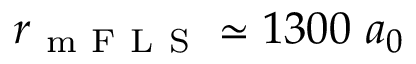
r _ { \mathrm { ~ m ~ F ~ L ~ S ~ } } \simeq 1 3 0 0 \ a _ { 0 }